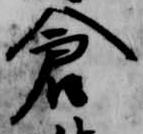
倉